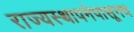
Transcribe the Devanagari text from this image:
राज्यस्थापनेपासूनच